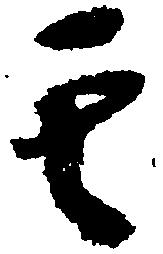
其